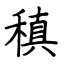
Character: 稹